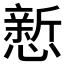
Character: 𪬴